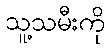
သူ့သမီးကို